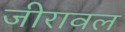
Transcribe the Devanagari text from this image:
जीरावल